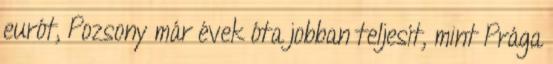
eurót, Pozsony már évek óta jobban teljesít, mint Prága